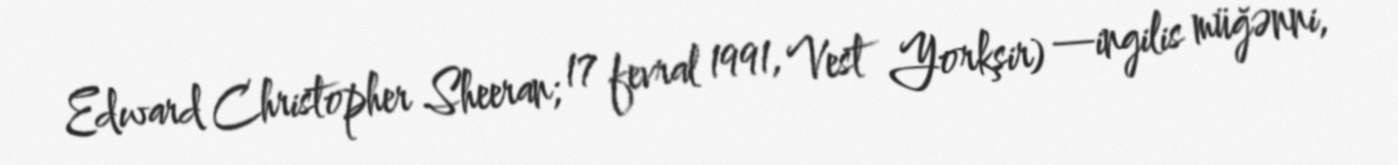
Edward Christopher Sheeran; 17 fevral 1991, Vest Yorkşir) —ingilis müğənni,